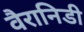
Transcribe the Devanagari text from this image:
वैरानिडी